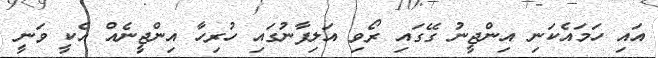
އައި ހަމައެކަނި އިންޖީނު ގޭގައި ރޯވި އަލިފާނުގައި ހުރިހާ އިންޖީނެއް އެކީ ވަނީ